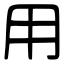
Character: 用